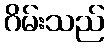
ဂိမ်းသည်